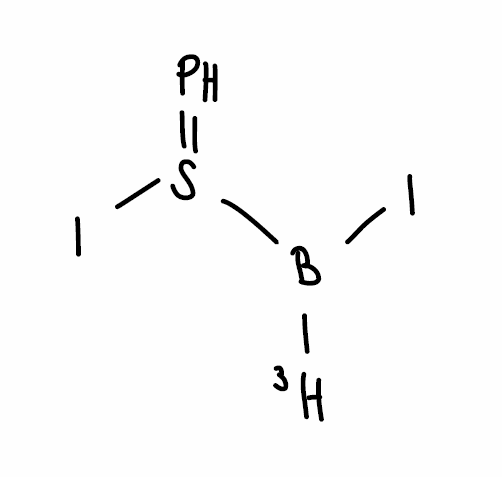
Simplified molecular-input line-entry system (SMILES) notation of the given molecule:
[3H]B(S(=P)I)I